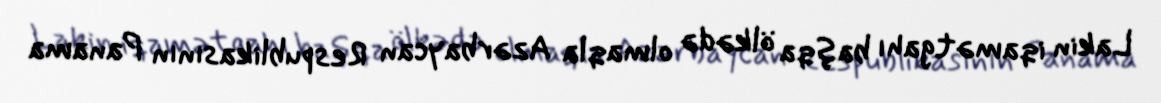
Lakin iqamətgahı başqa ölkədə olmaqla Azərbaycan Respublikasının Panama